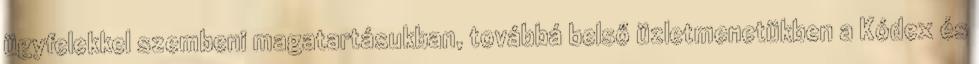
ügyfelekkel szembeni magatartásukban, továbbá belső üzletmenetükben a Kódex és